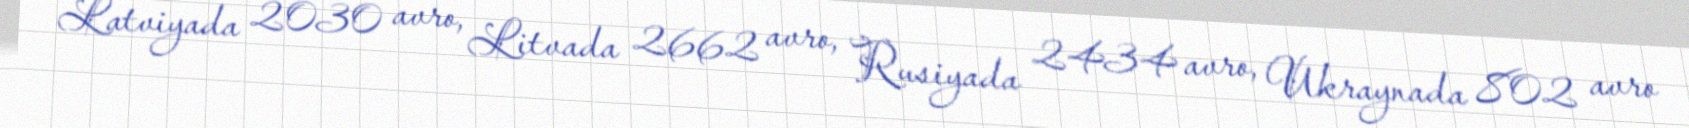
Latviyada 2030 avro, Litvada 2662 avro, Rusiyada 2434 avro, Ukraynada 802 avro